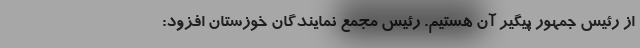
از رئیس جمهور پیگیر آن هستیم. رئیس مجمع نمایندگان خوزستان افزود: